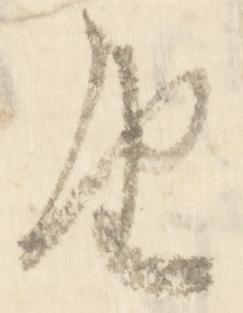
由